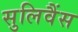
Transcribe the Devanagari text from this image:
सुलिवैंस